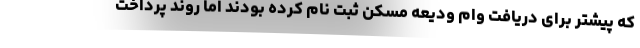
که پیشتر برای دریافت وام ودیعه مسکن ثبت نام کرده بودند اما روند پرداخت